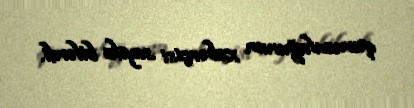
quruculuğunun xəbərçisi sayıla bilərdi.